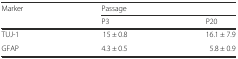
| <ROWSPAN=2> Marker | <COLSPAN=2> Passage |
 | P3 | P20 |
 | --- | --- | --- |
 | TUJ-1 | 15 ± 0.8 | 16.1 ± 7.9 |
 | GFAP | 4.3 ± 0.5 | 5.8 ± 0.9 |